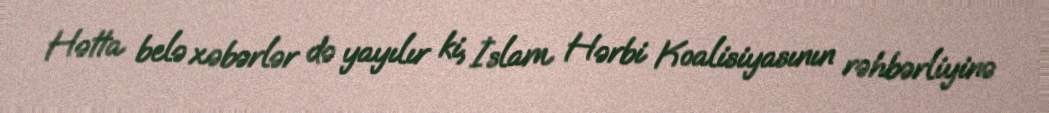
Hətta belə xəbərlər də yayılır ki, İslam Hərbi Koalisiyasının rəhbərliyinə